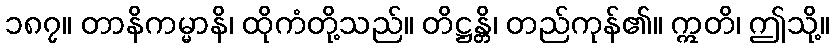
၁၈၇။ တာနိကမ္မာနိ၊ ထိုကံတို့သည်။ တိဋ္ဌန္တိ၊ တည်ကုန်၏။ ဣတိ၊ ဤသို့။